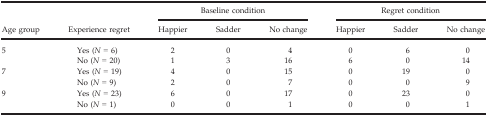
| <ROWSPAN=2> Age group | <ROWSPAN=2> Experience regret | <COLSPAN=3> Baseline condition | <COLSPAN=3> Regret condition |
 | Happier | Sadder | No change | Happier | Sadder | No change |
 | --- | --- | --- | --- | --- | --- | --- | --- |
 | <ROWSPAN=2> 5 | Yes (N = 6) | 2 | 0 | 4 | 0 | 6 | 0 |
 | No (N = 20) | 1 | 3 | 16 | 6 | 0 | 14 |
 | <ROWSPAN=2> 7 | Yes (N = 19) | 4 | 0 | 15 | 0 | 19 | 0 |
 | No (N = 9) | 2 | 0 | 7 | 0 | 0 | 9 |
 | <ROWSPAN=2> 9 | Yes (N = 23) | 6 | 0 | 17 | 0 | 23 | 0 |
 | No (N = 1) | 0 | 0 | 1 | 0 | 0 | 1 |